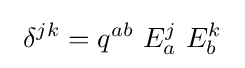
\ \delta ^{jk}=q^{ab}\ E_{a}^{j}\ E_{b}^{k}\